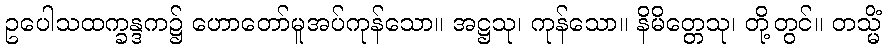
ဥပေါသထက္ခန္ဒက၌ ဟောတော်မူအပ်ကုန်သော။ အဋ္ဌသု၊ ကုန်သော။ နိမိတ္တေသု၊ တို့တွင်။ တသ္မိံ